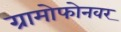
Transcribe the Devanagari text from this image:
ग्रामोफोनवर